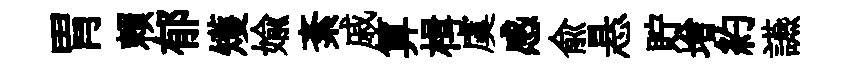
胃賴郁矱媮紊戚算楫虞感兪悬貯增約讌